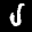
Label: 5